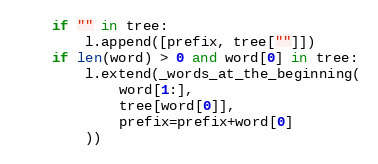
Language: Python
    if "" in tree:
        l.append([prefix, tree[""]])
    if len(word) > 0 and word[0] in tree:
        l.extend(_words_at_the_beginning(
            word[1:],
            tree[word[0]],
            prefix=prefix+word[0]
        ))